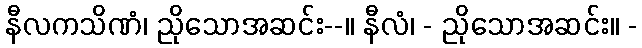
နီလကသိဏံ၊ ညိုသောအဆင်း--။ နီလံ၊ - ညိုသောအဆင်း။ -